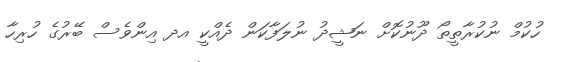
ހުކުމް ނުކުރާތީތޯ ދޫނުކޮށް ނަޝީދު ނުލަފާކަން ދެއްކީ އދ އިންވެސް ބޭރުގެ ހުރިހާ